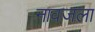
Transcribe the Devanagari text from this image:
नावजला